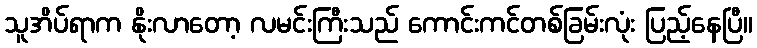
သူအိပ်ရာက နိုးလာတော့ လမင်းကြီးသည် ကောင်းကင်တစ်ခြမ်းလုံး ပြည့်နေပြီ။